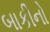
બાકીનો